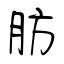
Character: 肪